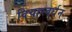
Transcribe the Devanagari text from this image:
विचारवर्धन